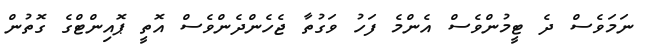
ނަމަވެސް ދެ ޓީމުންވެސް އެންމެ ފަހު ވަގުތާ ޖެހެންދެންވެސް އޮތީ ޕޮއިންޓްގެ ގޮތުން